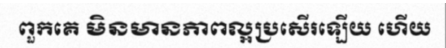
ពួកគេ មិនមានភាពល្អប្រសើរឡើយ ហើយ